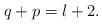
LaTeX: \begin{align*}q+p=l+2.\end{align*}